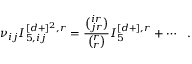
\nu _ { i j } I _ { 5 , i j } ^ { [ d + ] ^ { 2 } , r } = \frac { { \binom { i r } { j r } } } { { \binom { r } { r } } } I _ { 5 } ^ { [ d + ] , r } + \cdots ~ ~ .